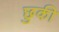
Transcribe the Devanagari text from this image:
छुकी